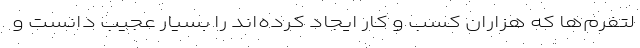
لتفرم‌ها که هزاران کسب و کار ایجاد کرده‌اند را بسیار عجیب دانست و